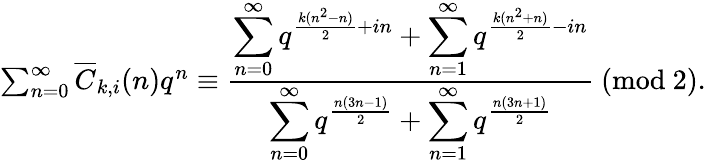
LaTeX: \begin{array}{r}{\sum_{n=0}^{\infty}\overline{{C}}_{k,i}(n)q^{n}\equiv\frac{\displaystyle\sum_{n=0}^{\infty}q^{\frac{k(n^{2}-n)}{2}+in}+\displaystyle\sum_{n=1}^{\infty}q^{\frac{k(n^{2}+n)}{2}-in}}{\displaystyle\sum_{n=0}^{\infty}q^{\frac{n(3n-1)}{2}}+\sum_{n=1}^{\infty}q^{\frac{n(3n+1)}{2}}}\ (\mathrm{mod}\ 2).}\end{array}